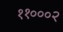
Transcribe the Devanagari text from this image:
११०००२